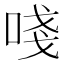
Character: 𠵖